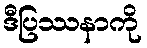
ဒီပြဿနာကို